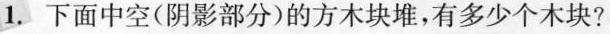
1.下面中空(阴影部分)的方木块堆，有多少个木块?